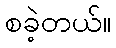
စခဲ့တယ်။